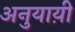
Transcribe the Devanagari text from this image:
अनुयाय़ी